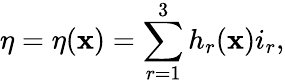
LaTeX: \eta=\eta({\mathbf x})=\sum_{r=1}^{3}h_{r}({\mathbf x})i_{r},